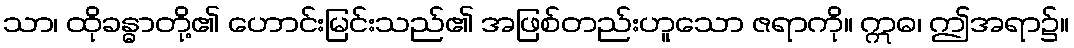
သာ၊ ထိုခန္ဓာတို့၏ ဟောင်းမြင်းသည်၏ အဖြစ်တည်းဟူသော ဇရာကို။ ဣဓ၊ ဤအရာ၌။